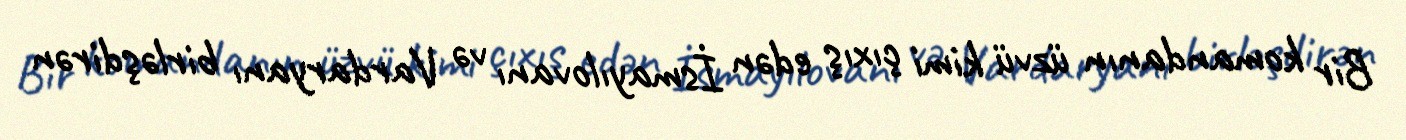
Bir komandanın üzvü kimi çıxış edən İsmayılovanı və Vardaryanı birləşdirən